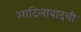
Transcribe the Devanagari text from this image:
आदिलाबादची